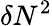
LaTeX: \delta N^{2}